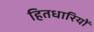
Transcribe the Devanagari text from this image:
हितधारियों